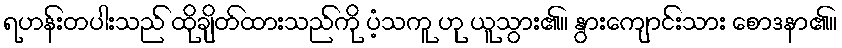
ရဟန်းတပါးသည် ထိုချိတ်ထားသည်ကို ပံ့သကူ ဟု ယူသွား၏။ နွားကျောင်းသား စောဒနာ၏။